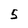
Character: 5